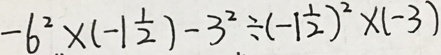
- 6 ^ { 2 } \times ( - 1 \frac { 1 } { 2 } ) - 3 ^ { 2 } \div ( - 1 \frac { 1 } { 2 } ) ^ { 2 } \times ( - 3 )